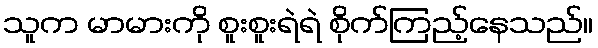
သူက မာမားကို စူးစူးရဲရဲ စိုက်ကြည့်နေသည်။